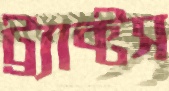
ট্র্যাক্টস